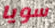
سويا